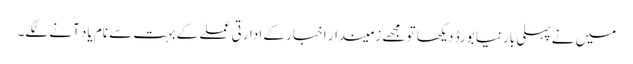
میں نے پہلی بار نیا بورڈ دیکھا تو مجھے زمیندار اخبار کے ادارتی عملے کے بہت سے نام یاد آنے لگے۔